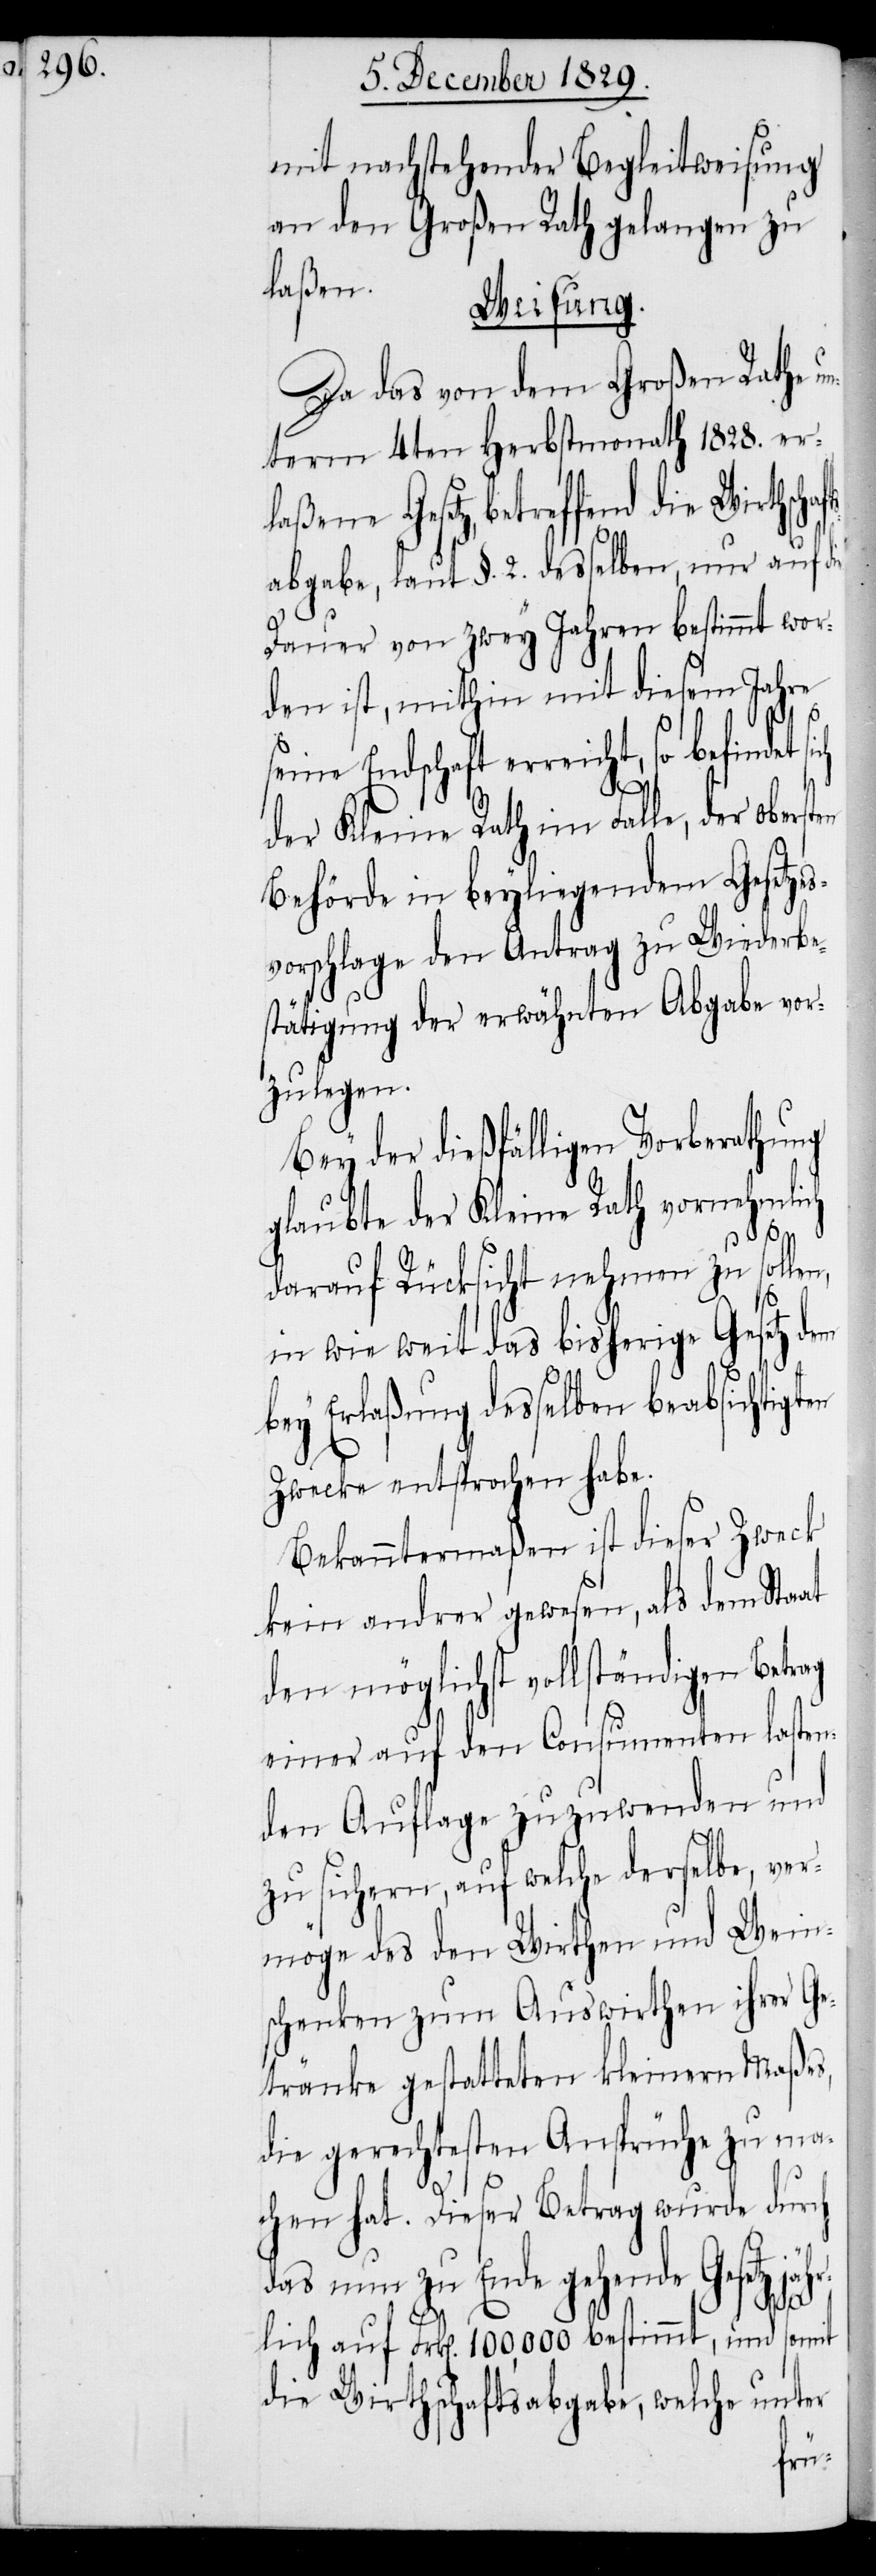
mit nachstehender Begleitweisung
an den Großen Rath gelangen zu
laßene
Weisung.
Da das von dem Großen Rathe un¬
term 4ten Herbstmonath 1828. er¬
Gesetz, betreffend die Wirthscha¬
abgabe, laut §. 2. desselben, nur auf die
Dauer von zwey Jahren bestimmt wor¬
den ist, mithin mit diesem Jahre
seine Endschaft erreicht, so befindet
der Kleine Rath im Falle, der ober¬
Behörde in beyliegendem Gesetze¬
svorschlage den Antrag zu Wiederbe¬
stätigung der erwähnten Abgabe vor¬
zulegen.
Bey der dießfälligen Vorberathung
glaubte der Kleine Rath vornehmlich
darauf Rücksicht nehmen zu sollen,
in wie weit das bisherige Gesetz dem
bey Erlaßung desselben beabsichtigten
Zwecke entsprochen habe.
Bekanntermaßen ist dieser Zweck
kein andrer gewesen, als dem Staat
den möglichst vollständigen Betrag
einer auf den Consumenten lasten¬
den Auflage zuzuwenden und
zu sichern, auf welche derselbe, ver¬
möge des den Wirthen und Wein¬
schenken zum Auswirthen ihrer Ge¬
tränke gestatteten kleinern Maßes,
die gerechtesten Ansprüche zu ma¬
chen hat. Dieser Betrag wurde durch
das nun zu Ende gehende Gesetz jähr¬
lich auf Frk[en]. 100,000 bestimmt, und somit
die Wirthschaftsabgabe, welche unter
sten